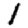
Digit: 1